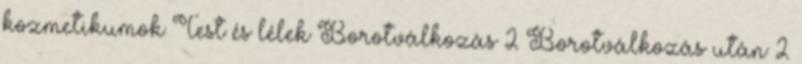
kozmetikumok Test és lélek Borotválkozás 2 Borotválkozás után 2